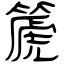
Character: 篪